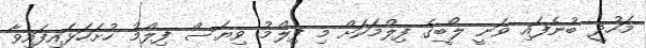
މަހުދީ ބުނެފައި ވަނީ ލޯބީގެ ފިލްމަކަށް މި ފިލްމު ވިޔަސް ފިލްމު ހުށަހަޅައިފައިވާ